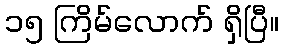
၁၅ ကြိမ်လောက် ရှိပြီ။